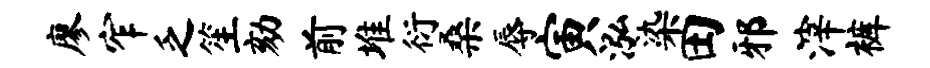
廖窄乏笙劾前堆衍桑辱寅泓染田邪滓裤